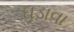
ઘડાવા